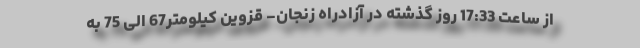
از ساعت 17:33 روز گذشته در آزادراه زنجان- قزوین کیلومتر67 الی 75 به